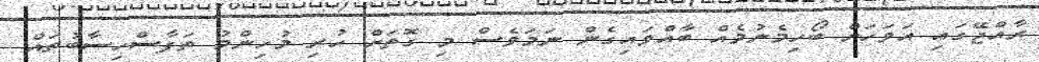
ރާއްޖޭގައި އަވަހަށް ބޯހިމެނުމެއް ބާއްވައިގެން ނަމަވެސް މި ގޮތަށް ހުރި މުހިންމު ތަފާސްހިސާބުތައް